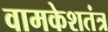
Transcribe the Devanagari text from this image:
वामकेशतंत्र